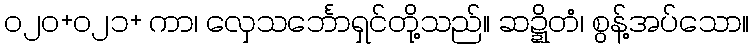
၀၂၀+၀၂၁+ ကာ၊ လှေသင်္ဘောရှင်တို့သည်။ ဆဍ္ဍိတံ၊ စွန့်အပ်သော။